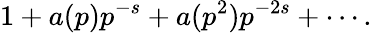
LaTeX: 1+a(p)p^{-s}+a(p^{2})p^{-2s}+\cdots.